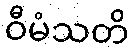
ဝီမံသတိ